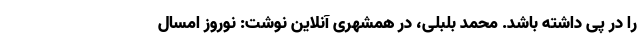
را در پی داشته باشد. محمد بلبلی، در همشهری آنلاین نوشت: نوروز امسال